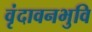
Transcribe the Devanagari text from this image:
वृंदावनभुवि